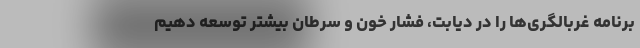
برنامه غربالگری‌ها را در دیابت، فشار خون و سرطان بیشتر توسعه دهیم